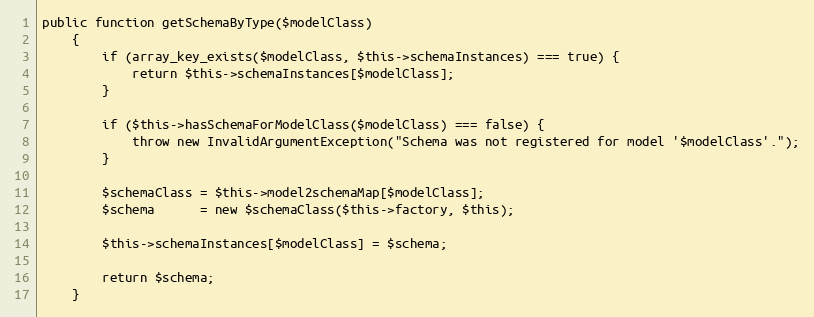
Language: PHP
public function getSchemaByType($modelClass)
    {
        if (array_key_exists($modelClass, $this->schemaInstances) === true) {
            return $this->schemaInstances[$modelClass];
        }

        if ($this->hasSchemaForModelClass($modelClass) === false) {
            throw new InvalidArgumentException("Schema was not registered for model '$modelClass'.");
        }

        $schemaClass = $this->model2schemaMap[$modelClass];
        $schema      = new $schemaClass($this->factory, $this);

        $this->schemaInstances[$modelClass] = $schema;

        return $schema;
    }